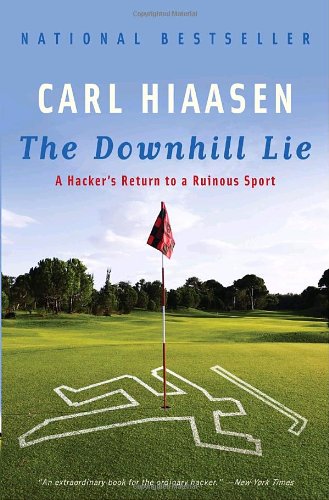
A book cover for The Downhill Lie: A Hacker's Return to a Ruinous Sport; Carl Hiaasen; Biographies & Memoirs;